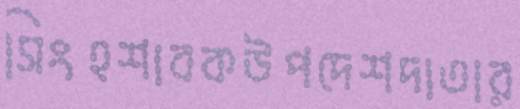
সিংহশাবকউপদেশদাতার